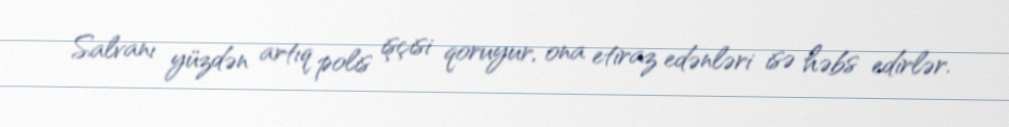
Salvanı yüzdən artıq polis işçisi qoruyur, ona etiraz edənləri isə həbs edirlər.